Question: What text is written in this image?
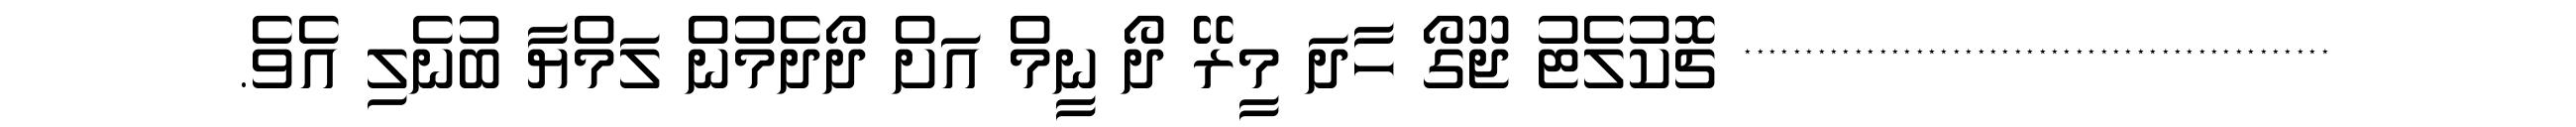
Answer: ************************************************ ޗޮކުލެޓު ޖޫގޯ ހާދަ މީރޭ ދޯ ނީމް އަށް ދޯދެމުން ލަމްޔާ ބުނެލި އެވެ.